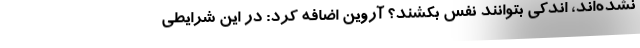
نشده‌اند، اندکی بتوانند نفس بکشند؟ آروین اضافه کرد: در این شرایطی